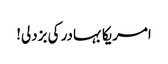
امریکا بہادر کی بزدلی!